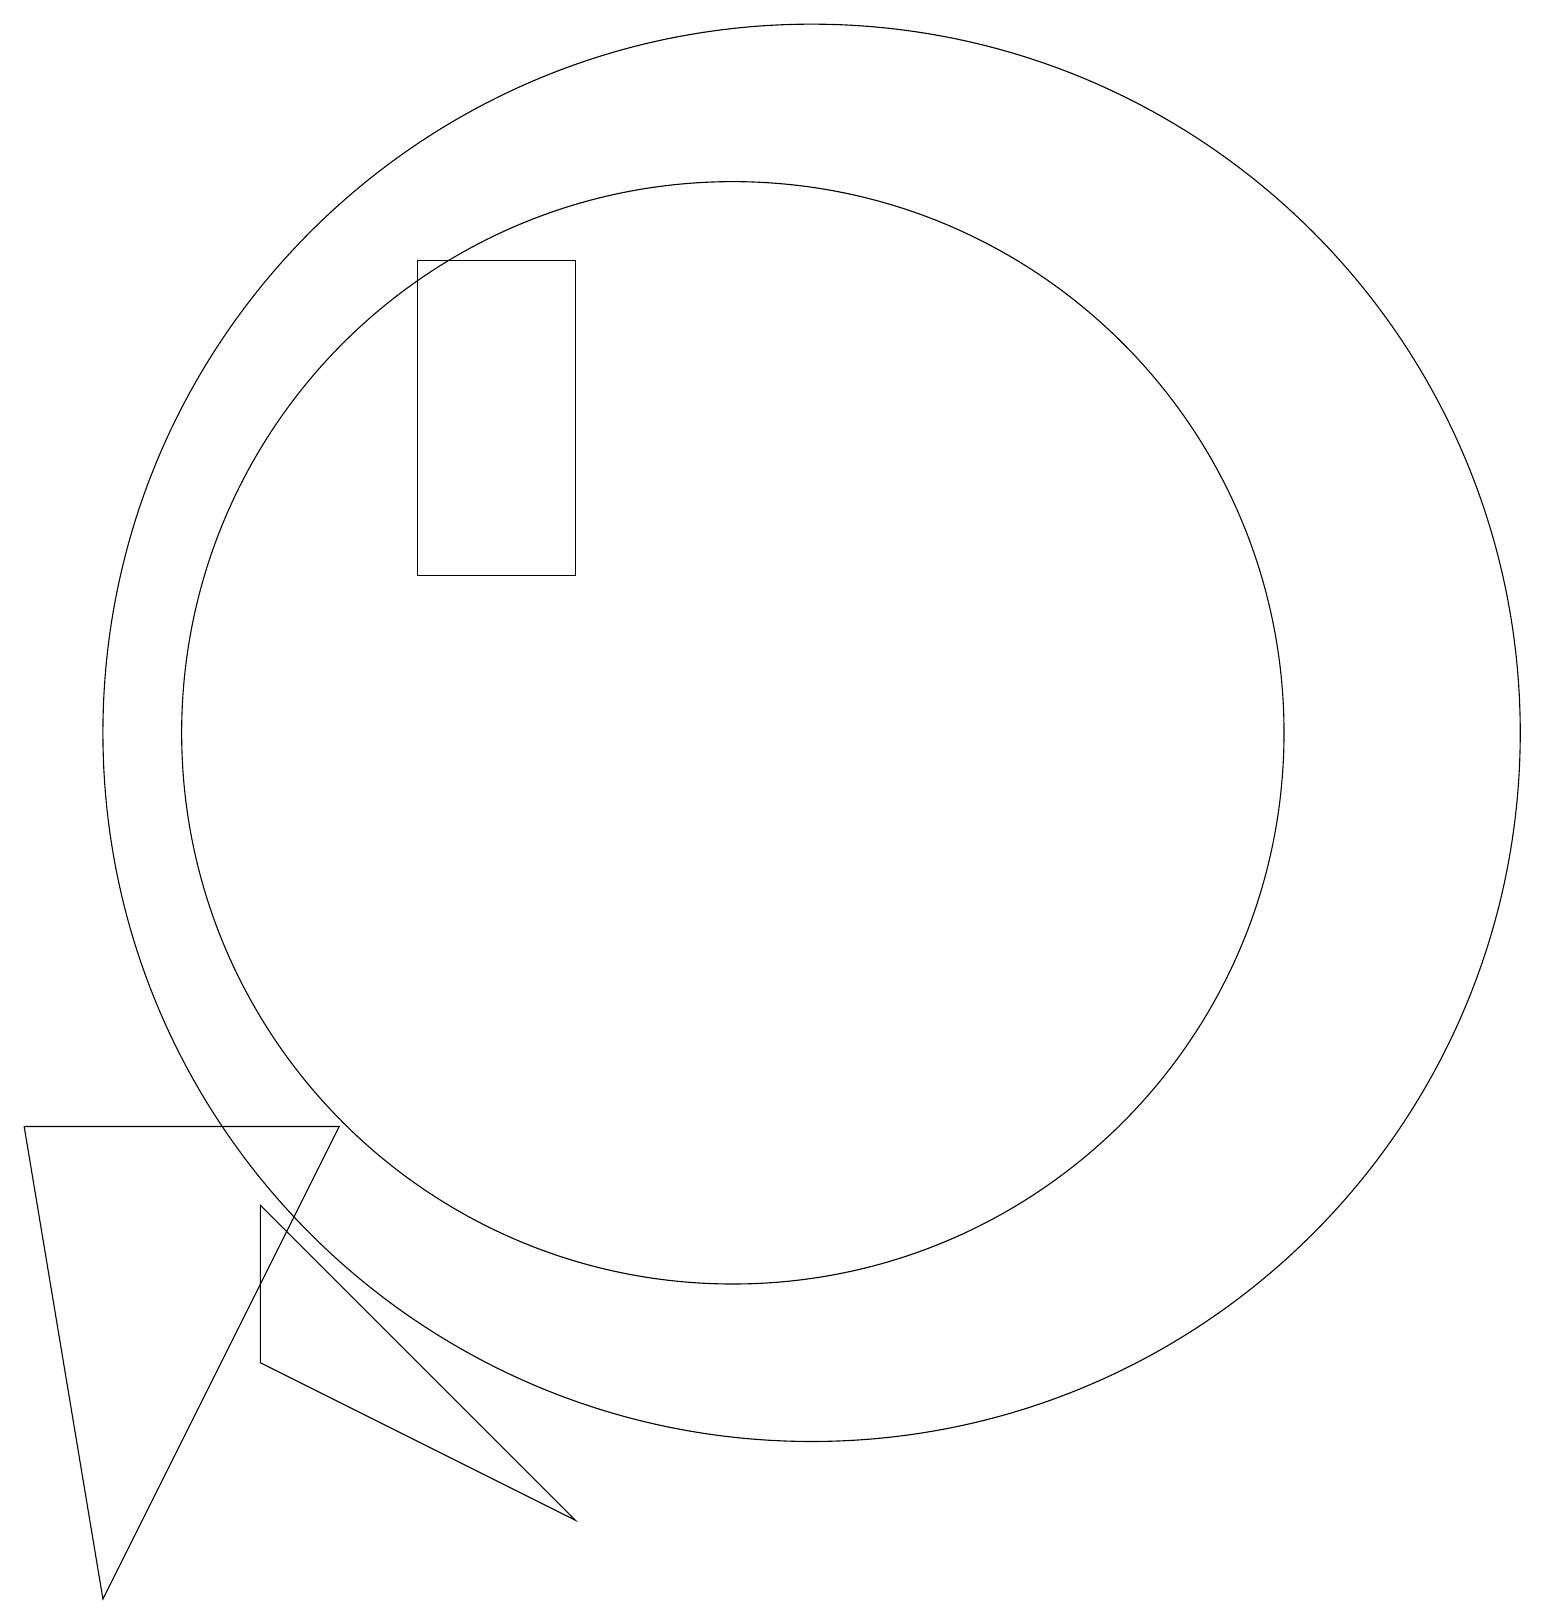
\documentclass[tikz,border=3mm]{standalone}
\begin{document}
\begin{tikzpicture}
\draw (2,1) -- (1,7) -- (5,7) -- cycle;
\draw (8,14) rectangle (6,18);
\draw (4,6) -- (8,2) -- (4,4) -- cycle;
\draw (11,12) circle (9);
\draw (10,12) circle (7);
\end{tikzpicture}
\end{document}